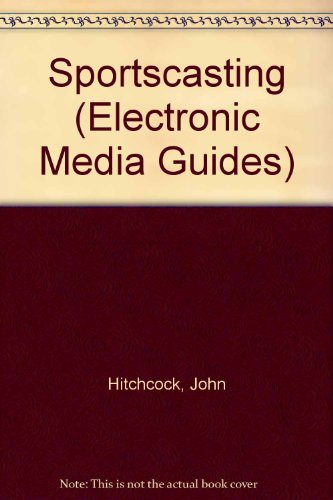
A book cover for Sportscasting (Electronic Media Management); John Hitchcock; Sports & Outdoors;